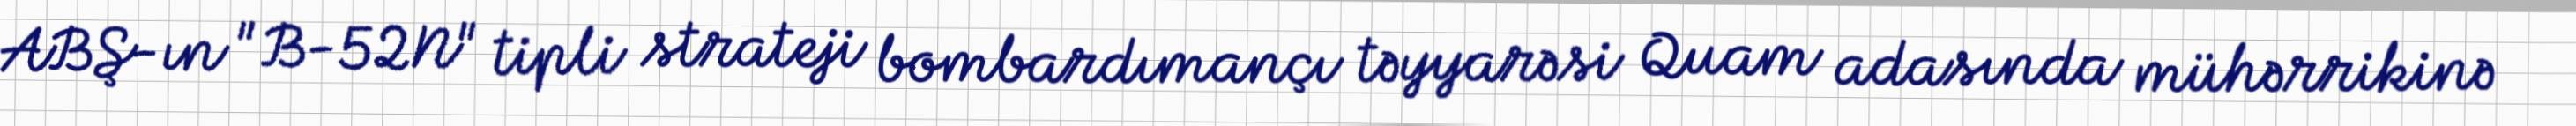
ABŞ-ın "B-52N" tipli strateji bombardımançı təyyarəsi Quam adasında mühərrikinə